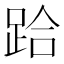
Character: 跲